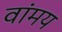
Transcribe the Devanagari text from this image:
वांमय